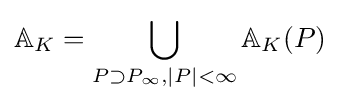
\mathbb {A} _{K}=\bigcup _{P\supset P_{\infty },|P|<\infty }\mathbb {A} _{K}(P)